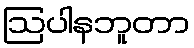
ဩပါနဘူတာ